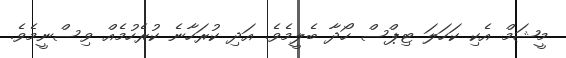
މީޝަމް އެކި ކަހަލަ ޓިޕްސް ހޯދާ ބެލީމެވެ. އަދި ކުރަހާނެ ކުރެހުމެއް ވިސްނީމެވެ.